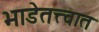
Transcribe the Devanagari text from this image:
भाडेतत्त्वात